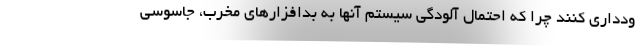
ودداری کنند چرا که احتمال آلودگی سیستم آنها به بدافزارهای مخرب، جاسوسی